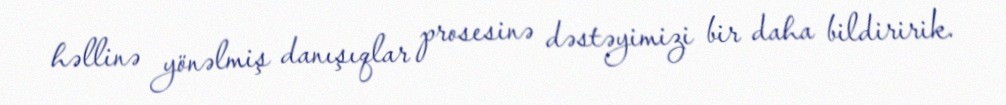
həllinə yönəlmiş danışıqlar prosesinə dəstəyimizi bir daha bildiririk.